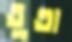
তুতা